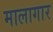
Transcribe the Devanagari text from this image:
मालागार